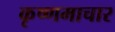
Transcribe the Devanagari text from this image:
कृष्णमाचार